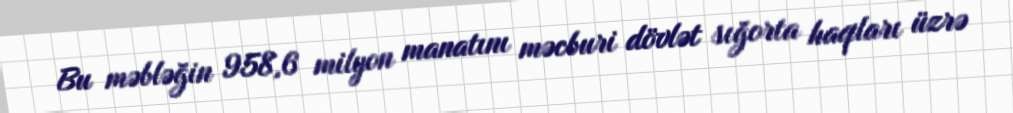
Bu məbləğin 958,6 milyon manatını məcburi dövlət sığorta haqları üzrə